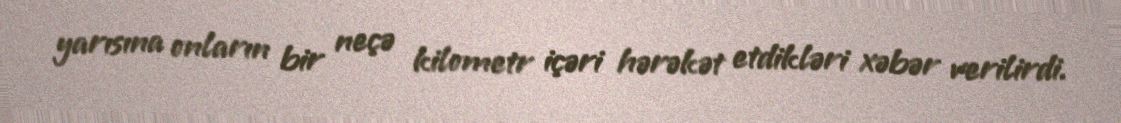
yarısına onların bir neçə kilometr içəri hərəkət etdikləri xəbər verilirdi.